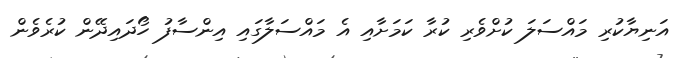
އަނިޔާކުރި މައްސަލަ ކުށްވެރި ކުރާ ކަމަށާއި އެ މައްސަލާގައި އިންސާފު ހޯދައިދޭން ކުރެވެން